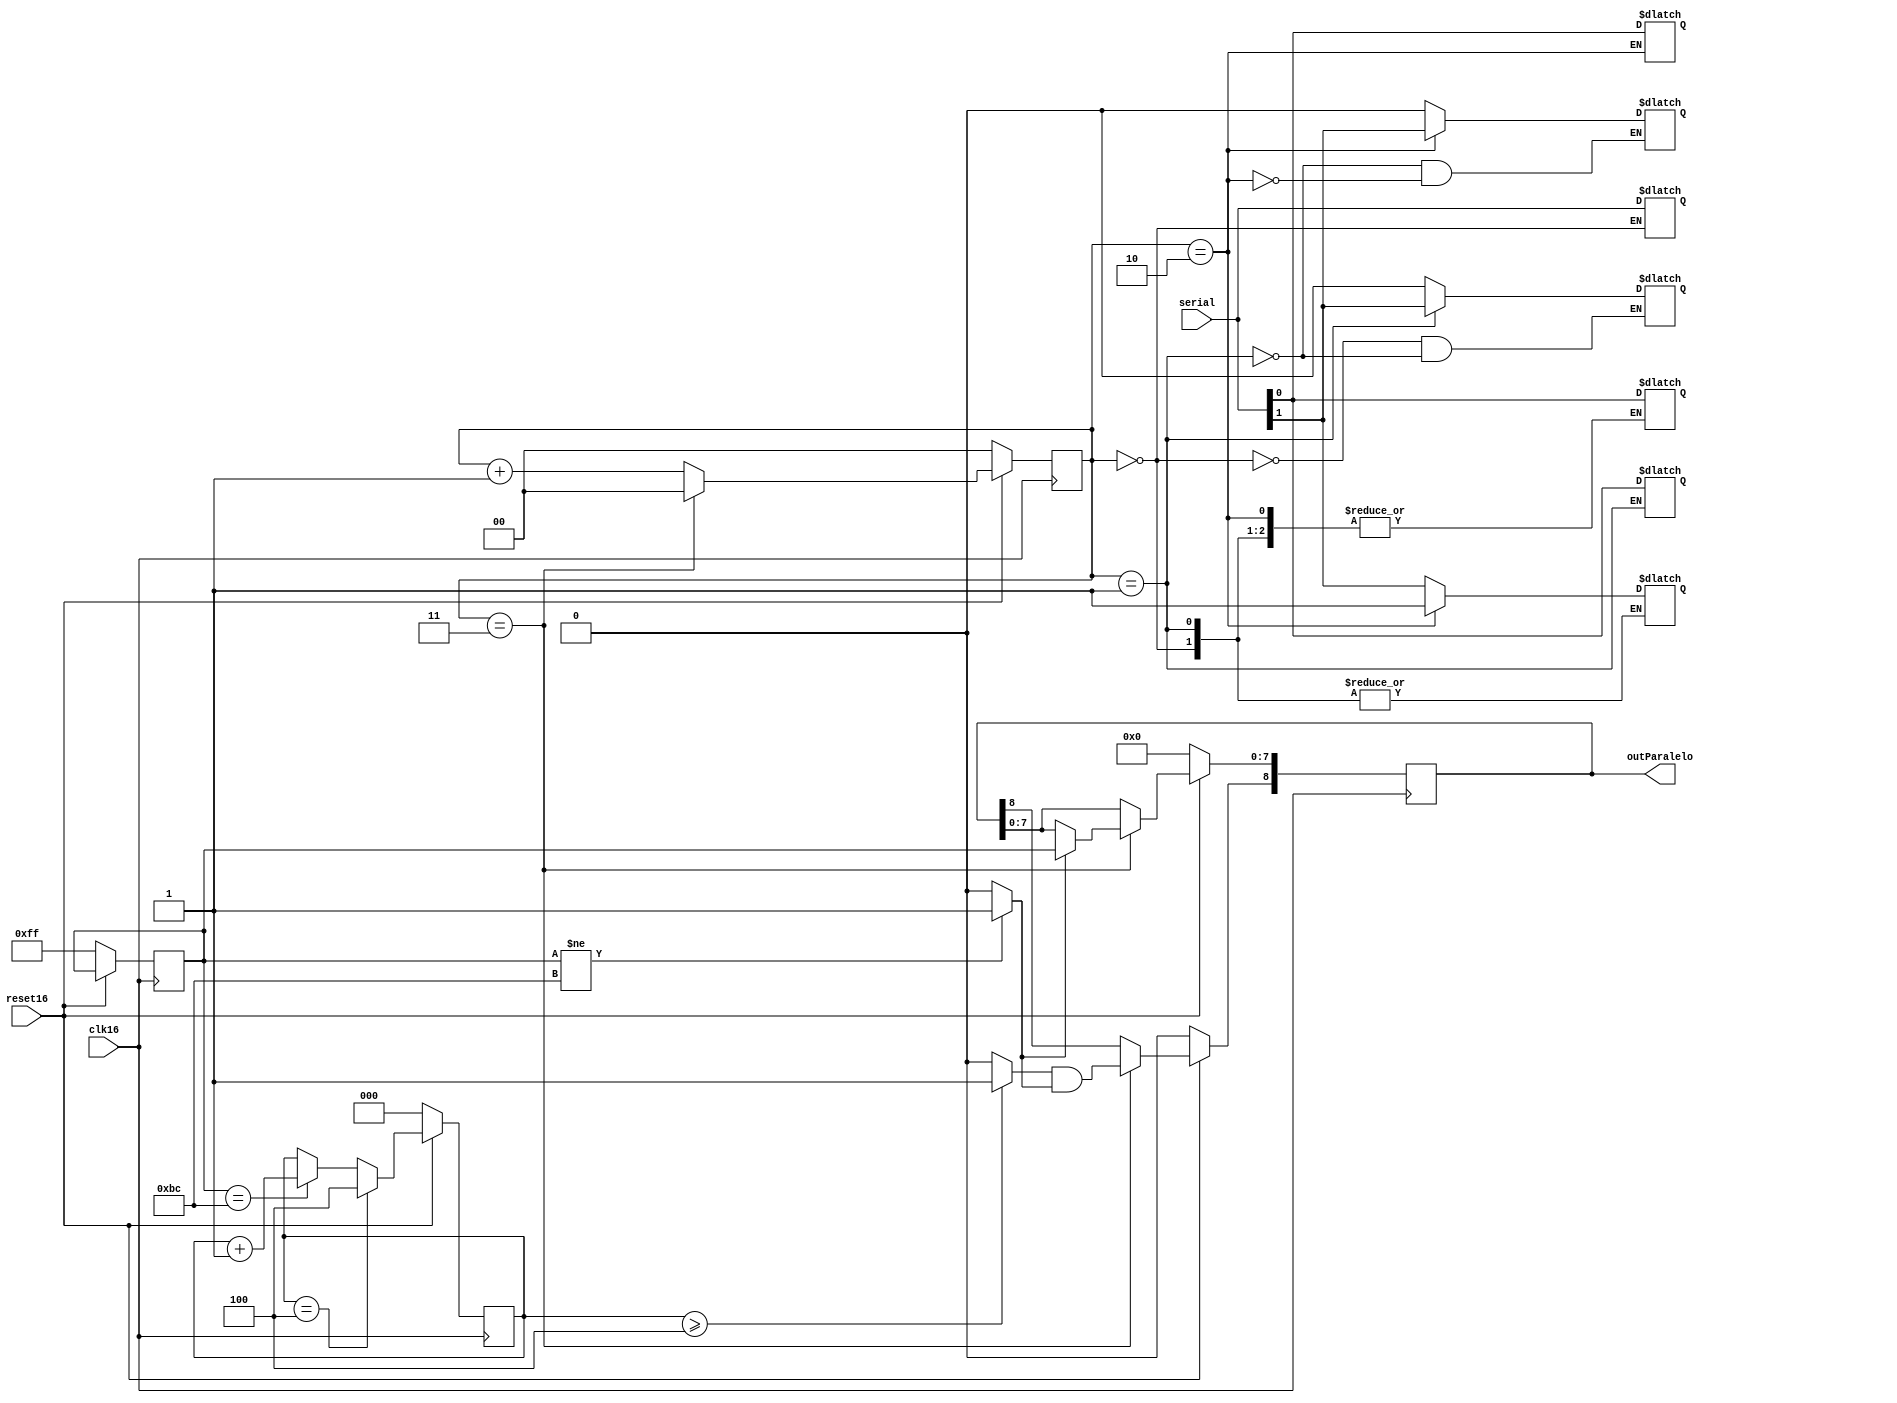
/*Mdulo Serial a Paralelo
 En este mdulo se tiene por entrada una serie de 2 bits a frecuencia 16f, que describen un nmero de 8 bits
  + 1 bit de valid, por salida se tiene el nmero recibido de 8 bits y su bit de vlido hacia la etapa de 
 demuxes */
module serialParalelo(input clk16 , input reset16,input [1:0] serial,output reg [8:0] outParalelo);
   reg [7:0] paralelo; // registro para guardar el nmero de 8-bits que entra
   reg [2:0] contador; // contador de BC
   reg [1:0] i;   //genvar   i;
   
   wire      com, active,valid; // variables para asignar bit de vlido
   
   /*Seccin que toma las entradas de 2 bits y las asigna al registro paralelo en orden*/  
   always @(posedge clk16) 
     begin
	//for (i =0 ; i <4 ; i=i+1)
	//  paralelo[i*2:i*2+1] = serial;// voy asignando a paralelo
	if(~reset16) // inicialmente mi contador y nmero paralelo son 0
	  begin
	     contador <= 2'b00;
	     paralelo <= 8'b11111111;
	     i <= 2'b00;
	     outParalelo <= 0;
	 end
	else
	begin
		contador <= contador == 4 ? 4: (paralelo==8'b10111100 ? contador+1:contador); //Reviso si tengo BC en la entrada
		i <= (i == 2'b11) ? 0 : i+1;// si i es 3 lo vuelvo a 0
		paralelo<= paralelo;
		outParalelo[8] <= (i == 2'b11) ?  valid : outParalelo[8];
		outParalelo[7:0] <= (i == 2'b11) ? ( com ? paralelo : outParalelo[7:0] ): outParalelo[7:0] ;
	end
		
     end 
   /*Ac se asigna segn el contador i cada entrada mi vector paralelo, se debe poner datos basura del bit siguiente en cada etapa para 
	que no cuente ms bc de la cuenta*/
  always @ (*)
	begin
	case(i)
	  2'b00: begin
		 paralelo[7:6] = serial;
		 paralelo[5]= 1'b0;
		 end
	  2'b01: begin
		paralelo[5:4] = serial;
		paralelo[3]= 1'b0;
		end
	  2'b10: begin
		paralelo[3:2] = serial;
		paralelo[1]= 1'b1;
		end
	  default: paralelo[1:0] = serial;
	endcase 

	
	end
   
   assign active = (contador >=4) ? 1 : 0;
   assign valid = active && com;
   assign com = (paralelo!=8'b10111100) ? 1 : 0;
   
endmodule